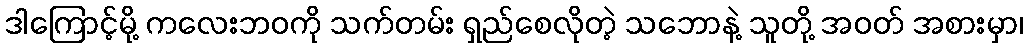
ဒါကြောင့်မို့ ကလေးဘဝကို သက်တမ်း ရှည်စေလိုတဲ့ သဘောနဲ့ သူတို့ အဝတ် အစားမှာ၊